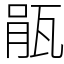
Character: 瓹